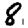
Digit: 8